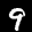
Label: 9